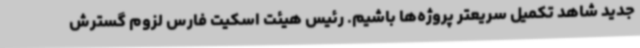
جدید شاهد تکمیل سریعتر پروژه‌ها باشیم. رئیس هیئت اسکیت فارس لزوم گسترش